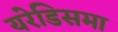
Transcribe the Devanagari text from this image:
यरेडिसमा